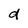
Character: d